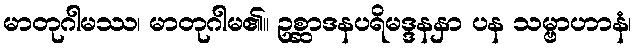
မာတုဂါမဿ၊ မာတုဂါမ၏။ ဥစ္ဆာဒနပရိမဒ္ဒနနှာ ပန သမ္ဗာဟာနံ၊